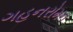
ગહનરોમન